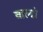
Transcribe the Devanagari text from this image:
वाल्दो